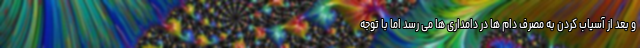
و بعد از آسیاب کردن به مصرف دام ها در دامداری ها می رسد اما با توجه